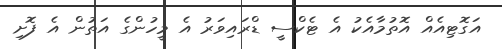
އަގޮޓިއެއް އޮތުމާއެކު އެ ޓެކްސީ ޑްރައިވަރު އެ މީހުންގެ އަތުން އެ ފޮށި